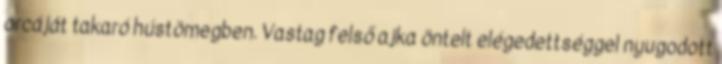
orcáját takaró hústömegben. Vastag felső ajka öntelt elégedettséggel nyugodott